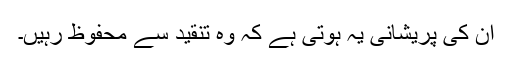
ان کی پریشانی یہ ہوتی ہے کہ وہ تنقید سے محفوظ رہیں۔